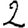
Digit: 2